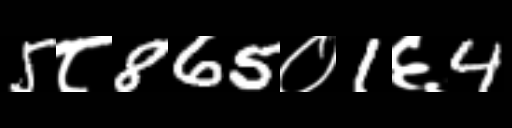
Text: 5८865०1६4